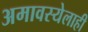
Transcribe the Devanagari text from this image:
अमावस्येलाही